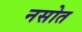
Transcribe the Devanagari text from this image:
नसोत